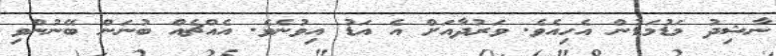
ނާޝިދު މަޑުމަޑުން އެހިއެވެ. ވަރުދާއަށް އެ އަޑު އިވުނެވެ. އެއްޗެއް ބުނަން ބޭނުންވި